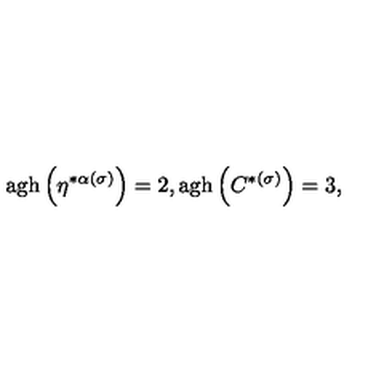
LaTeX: \mathrm { a g h } \left( \eta ^ { * \alpha ( \sigma ) } \right) = 2 , \mathrm { a g h } \left( C ^ { * ( \sigma ) } \right) = 3 ,